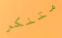
متنكر